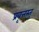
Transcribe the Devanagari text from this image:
प्रवृत्तस्तु